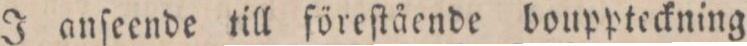
J anſeende till föreſtående bouppteckning